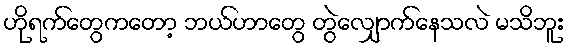
ဟိုရက်တွေကတော့ ဘယ်ဟာတွေ တွဲလျှောက်နေသလဲ မသိဘူး